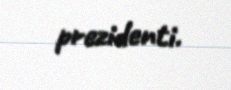
prezidenti.